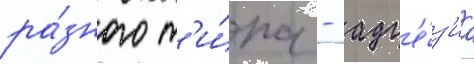
ра́зного т'и́па - адг'е́з'иа